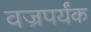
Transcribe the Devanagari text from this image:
वज्रपर्यंक